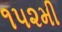
૧૫૨મી